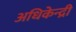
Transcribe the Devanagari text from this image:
अधिकेन्द्री